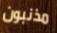
مذنبون